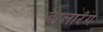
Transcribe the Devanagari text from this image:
बालारंग